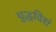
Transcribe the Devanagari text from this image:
युद्धविरां